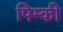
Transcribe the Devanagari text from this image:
पिम्की